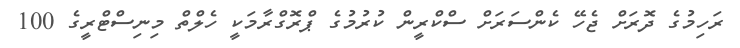
ރަހިމުގެ ދޮރަށް ޖެހޭ ކެންސަރަށް ސްކްރީން ކުރުމުގެ ޕްރޮގްރާމަކީ ހެލްތް މިނިސްޓްރީގެ 100